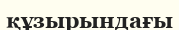
құзырындағы